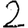
Digit: 2